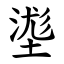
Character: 㙙